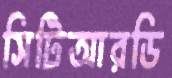
সিটিআরডি